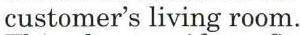
customer's living room.